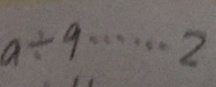
a \div 9 \cdots 2